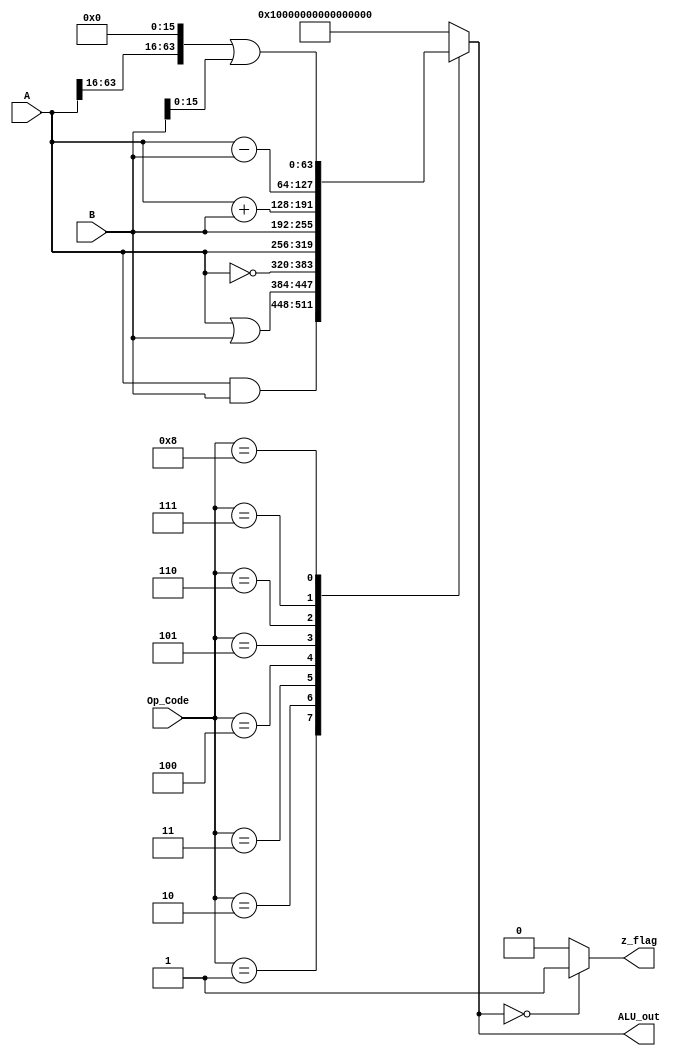
`timescale 1ns / 1ps
//////////////////////////////////////////////////////////////////////////////////
// Company: 
// Engineer: 
// 
// Design Name: 
// Module Name: ALU
// Project Name: 
// Target Devices: 
// Tool Versions: 
// Description: 
// 
// Dependencies: 
// 
// Revision:
// Revision 0.01 - File Created
// Additional Comments:
// 
//////////////////////////////////////////////////////////////////////////////////


module ALU(
    input [63:0] A,B, // ALU 64-bit inputs  
    input [3:0] Op_Code, // ALU 4-bit opcode 
    output reg [63:0] ALU_out, // ALU 64 bit output 
    output z_flag // zero flag 
);

    reg [64:0] sum; //to store the result of addition
    reg [63:0] movk_val;

    always @(*)
    begin
        case(Op_Code)
            4'b0001: // AND
            ALU_out <= A & B ;
            4'b0010: // OR
            ALU_out <= A | B;
            4'b0011: // Not
            ALU_out <= ~A;
            4'b0100: // MOVA: Out <= A
            ALU_out <= A;
            4'b0101: // MOVB: Out <= B
            ALU_out <= B;
            4'b0110: // Add
            begin
                sum = A + B ;
                ALU_out <= sum[63:0];
            end
            4'b0111: // Subtract 
            ALU_out <= A - B;
            4'b1000: //MOVK  
            begin
                //A[15:0] <= B[15:0]; 
                movk_val = A[63:16] << 16;
                movk_val = movk_val | B[15:0];
                ALU_out <= movk_val;
            end
            default:
            ALU_out <= 64'hFFFFFFFFFFFFFFFF;
        endcase
    end

    assign z_flag = (ALU_out == 0) ? 1: 0;

endmodule